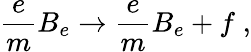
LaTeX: \frac{e}{m}B_{e}\rightarrow\frac{e}{m}B_{e}+f\; ,